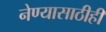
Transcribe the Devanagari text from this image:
नेण्यासाठीही